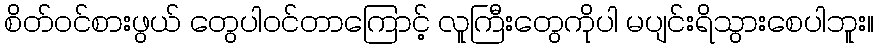
စိတ်ဝင်စားဖွယ် တွေပါဝင်တာကြောင့် လူကြီးတွေကိုပါ မပျင်းရိသွားစေပါဘူး။